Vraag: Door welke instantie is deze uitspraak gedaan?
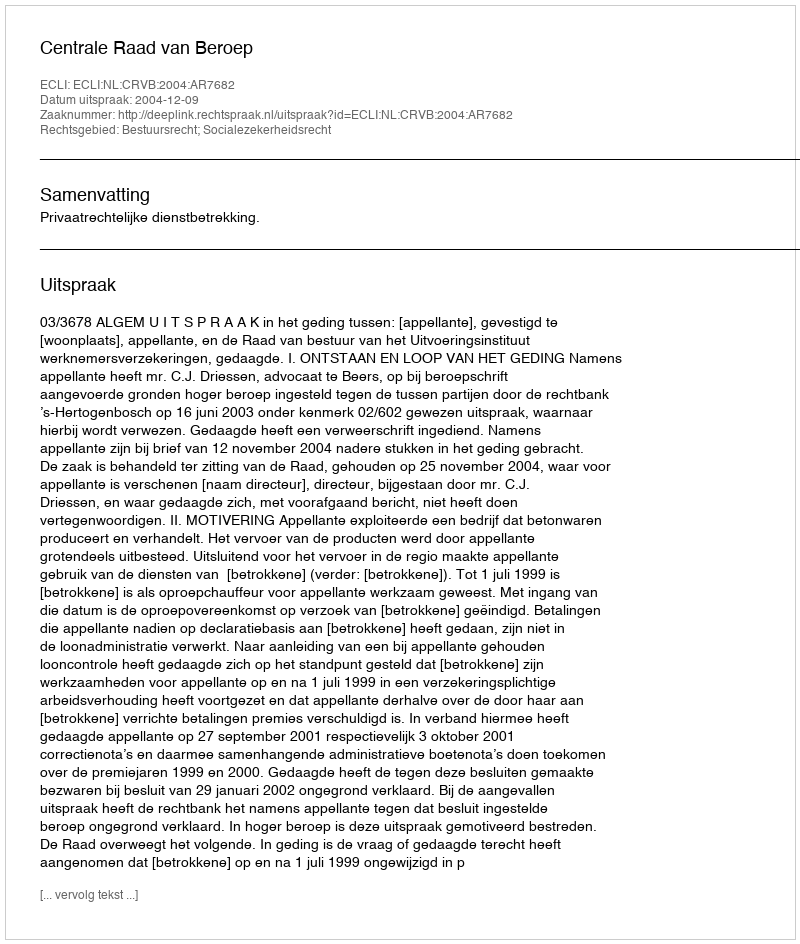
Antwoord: Centrale Raad van Beroep